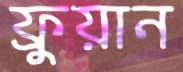
ফ্রুয়ান